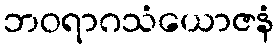
ဘဝရာဂသံယောဇနံ